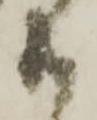
共